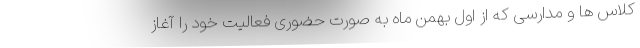
کلاس ها و مدارسی که از اول بهمن ماه به صورت حضوری فعالیت خود را آغاز